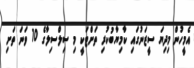
އެމީހުން މިދިޔަ ސީޒަނުގައި ކާމިޔާބުކުރި ތަށްޓަކީ މި ސިލްސިލާގެ 10 ވަނަ ތަށި